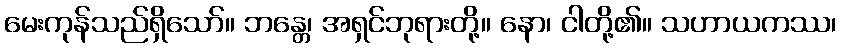
မေးကုန်သည်ရှိသော်။ ဘန္တေ၊ အရှင်ဘုရားတို့။ နော၊ ငါတို့၏။ သဟာယကဿ၊